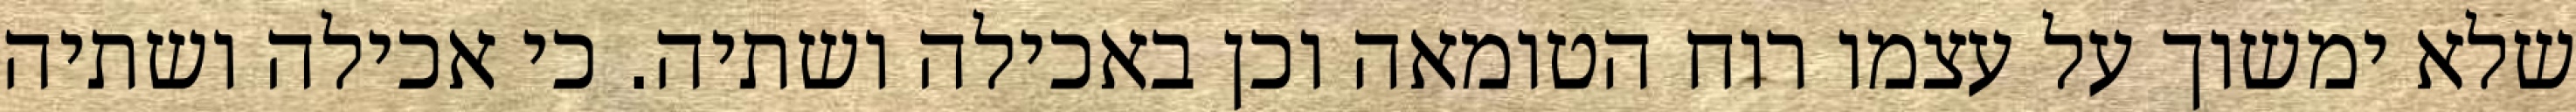
שלא ימשוך על עצמו רוח הטומאה וכן באכילה ושתיה. כי אכילה ושתיה